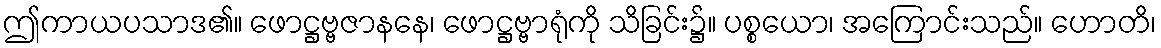
ဤကာယပသာဒ၏။ ဖောဋ္ဌဗ္ဗဇာနနေ၊ ဖောဋ္ဌဗ္ဗာရုံကို သိခြင်း၌။ ပစ္စယော၊ အကြောင်းသည်။ ဟောတိ၊